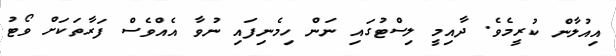
އިއުލާން ކުރީމެވެ. ދާއިމީ ލިސްޓުގައި ނަން ހިމެނިފައި ނުވާ އެއްވެސް ފަރާތަކަށް ވޯޓު